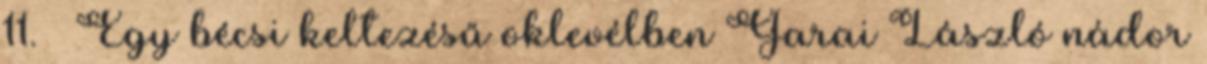
11. – Egy bécsi keltezésű oklevélben Garai László nádor